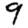
Digit: 9